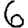
Digit: 6